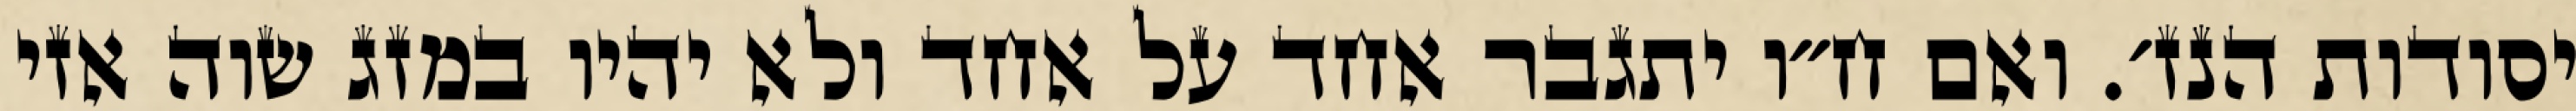
יסודות הנז׳. ואם ח״ו יתגבר אחד על אחד ולא יהיו במזג שוה אזי